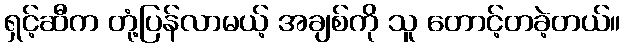
ရှင့်ဆီက တုံ့ပြန်လာမယ့် အချစ်ကို သူ တောင့်တခဲ့တယ်။